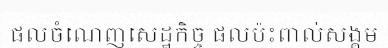
ផលចំណេញសេដ្ឋកិច្ច ផលប៉ះពាល់សង្គម